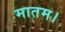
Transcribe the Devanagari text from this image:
मातम।